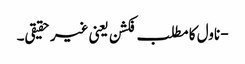
- ناول کا مطلب فکشن یعنی غیر حقیقی۔